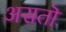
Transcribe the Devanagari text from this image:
असतॊ